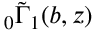
{ } _ { 0 } \tilde { \Gamma } _ { 1 } ( b , z )